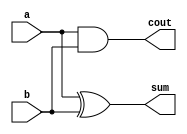

// Module Name: HA

//////////////////////////////////////////////////////////////////////////////////

module HA(
    input a,b,
    output sum, cout
    );
    assign sum = a ^ b;
    assign cout = a & b;
endmodule